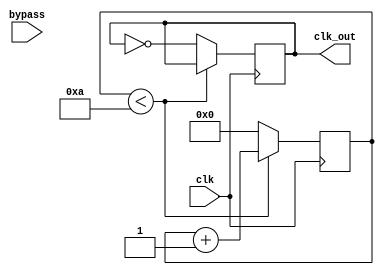
module clockDivider(

	input 		clk,
	input    	bypass,
	output reg	clk_out
);

parameter maxCount = 4'd10;

reg [3:0] counter = 4'd0;


always @(posedge clk) begin
	
	if(counter < maxCount)
		counter <= counter + 4'd1;
		
	else begin
		counter <= 0;
		clk_out <= !clk_out;
		end
end

endmodule